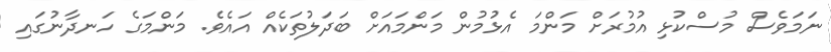
ނަމަވެސް މުސްކުޅި އުމުރަށް މަންމަ އެޅުމުން މަންމައަށް ބަދަލުތަކެއް އައެވެ. މަންމަގެ ހަނދާނުގައި